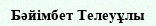
Бәйімбет Телеуұлы